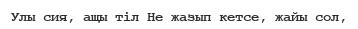
Улы сия, ащы тіл Не жазып кетсе, жайы сол,